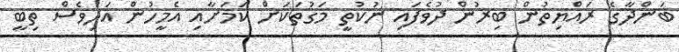
ބަންދާގެ ރައްޔިތުން ބިރުން ދުވެފައި ނުކުތީ މަގުތަކަށް ކަމަށާއި އެމީހުން އަދިވެސް ތިބީ